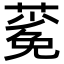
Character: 𬞎